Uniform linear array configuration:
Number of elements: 24
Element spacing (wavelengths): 0.25
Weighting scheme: hamming
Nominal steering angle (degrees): -30
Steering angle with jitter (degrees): -30.428
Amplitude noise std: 0.05
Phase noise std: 0.05

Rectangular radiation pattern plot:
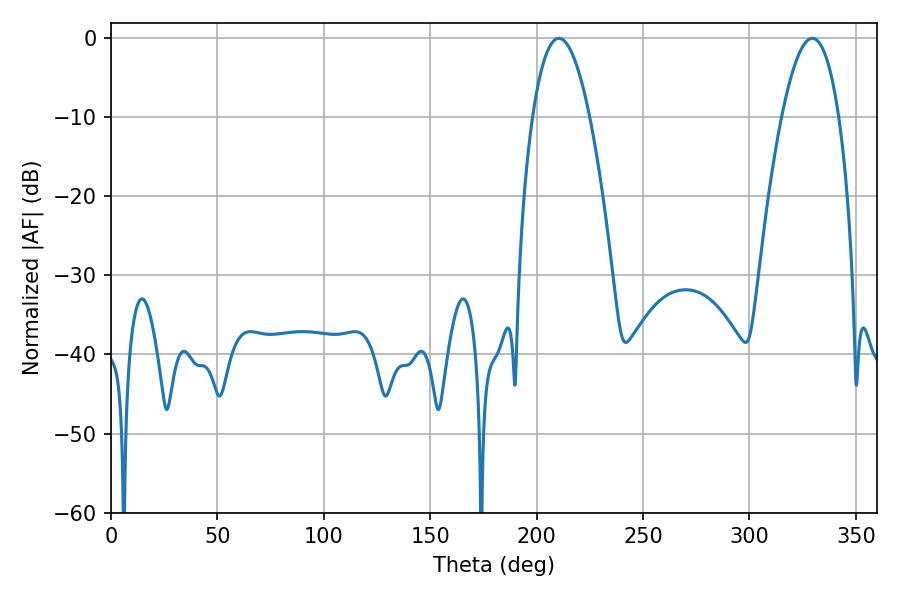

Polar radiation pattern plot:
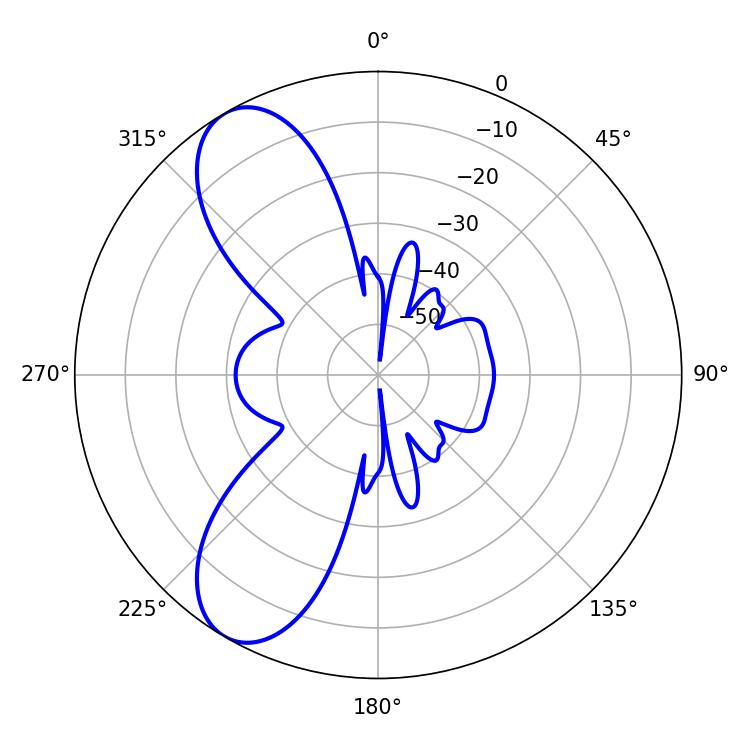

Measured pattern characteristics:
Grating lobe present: FALSE
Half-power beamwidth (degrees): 14.76
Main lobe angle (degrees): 210.42